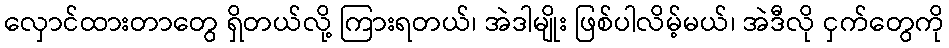
လှောင်ထားတာတွေ ရှိတယ်လို့ ကြားရတယ်၊ အဲဒါမျိုး ဖြစ်ပါလိမ့်မယ်၊ အဲဒီလို ငှက်တွေကို